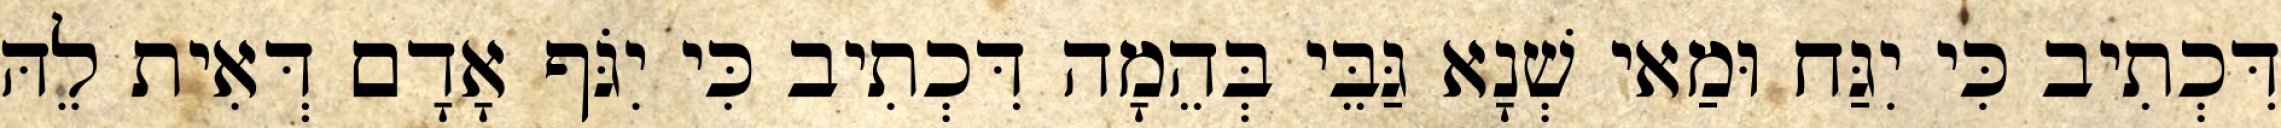
דִּכְתִיב כִּי יִגַּח וּמַאי שְׁנָא גַּבֵּי בְּהֵמָה דִּכְתִיב כִּי יִגֹּף אָדָם דְּאִית לֵהּ